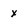
Character: x